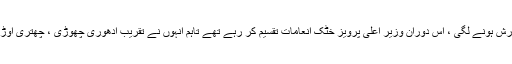
یوتھ میگا چیلنج کی تقریب کے دوراب بارش ہونے لگی ، اس دوران وزیر اعلی پرویز خٹک انعامات تقسیم کر رہے تھے تاہم انہوں نے تقریب ادھوری چھوڑی ، چھتری اوڑھی اور اپنی کابینہ کے ساتھ چلتے بنے ۔